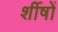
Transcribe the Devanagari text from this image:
र्शीषों